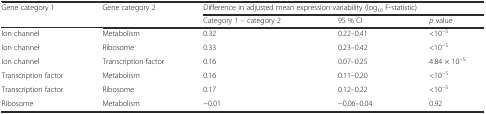
<table><thead><tr><td><b>Gene category 1</b></td><td><b>Gene category 2</b></td><td colspan="3"><b>Difference in adjusted mean expression variability (log<sub>10</sub> F-statistic)</b></td></tr><tr><td>[EMPTY_CELL]</td><td>[EMPTY_CELL]</td><td><b>Category 1 – category 2</b></td><td><b>95 % CI</b></td><td><b><i>p</i> value</b></td></tr></thead><tbody><tr><td>Ion channel</td><td>Metabolism</td><td>0.32</td><td>0.22–0.41</td><td>&lt;10<sup>−5</sup></td></tr><tr><td>Ion channel</td><td>Ribosome</td><td>0.33</td><td>0.23–0.42</td><td>&lt;10<sup>−5</sup></td></tr><tr><td>Ion channel</td><td>Transcription factor</td><td>0.16</td><td>0.07–0.25</td><td>4.84 × 10<sup>−5</sup></td></tr><tr><td>Transcription factor</td><td>Metabolism</td><td>0.16</td><td>0.11–0.20</td><td>&lt;10<sup>−5</sup></td></tr><tr><td>Transcription factor</td><td>Ribosome</td><td>0.17</td><td>0.12–0.22</td><td>&lt;10<sup>−5</sup></td></tr><tr><td>Ribosome</td><td>Metabolism</td><td>−0.01</td><td>−0.06–0.04</td><td>0.92</td></tr></tbody></table>